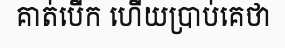
គាត់បើក ហើយប្រាប់គេថា